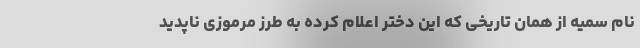
نام سمیه از همان تاریخی که این دختر اعلام کرده به طرز مرموزی ناپدید